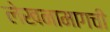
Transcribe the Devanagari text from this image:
लेखनामागची